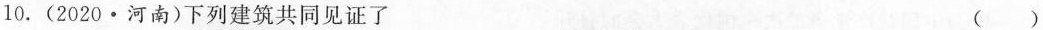
10. (2020·河南)下列建筑共同见证了 ( )